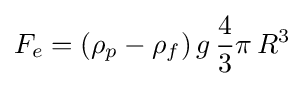
F_{e}=(\rho _{p}-\rho _{f})\,g\,{\frac {4}{3}}\pi \,R^{3}